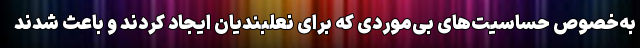
به‌خصوص حساسیت‌های بی‌موردی که برای نعلبندیان ایجاد کردند و باعث شدند